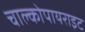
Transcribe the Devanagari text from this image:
चाल्कोपायराइट